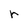
Character: r